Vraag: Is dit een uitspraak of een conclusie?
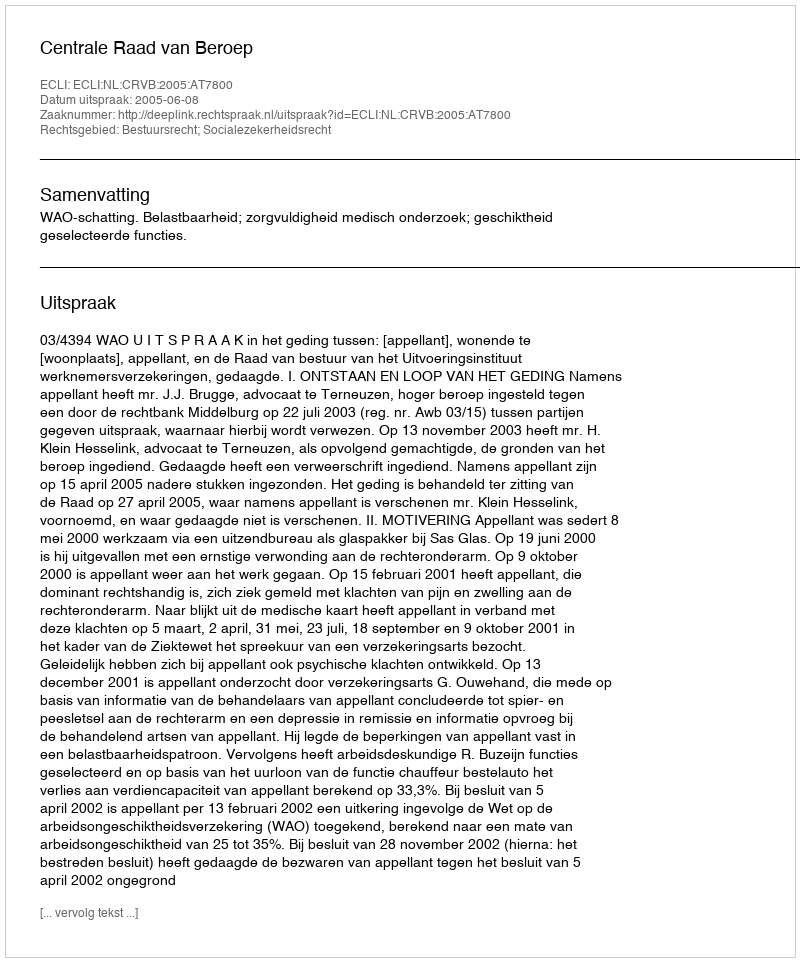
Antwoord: Uitspraak